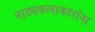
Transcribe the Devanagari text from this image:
नाट्यकलाकारांना